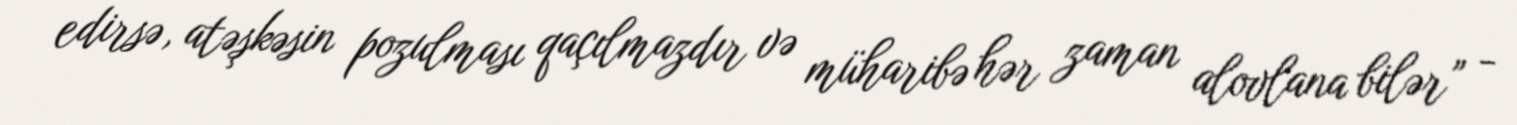
edirsə, atəşkəsin pozulması qaçılmazdır və müharibə hər zaman alovlana bilər” -